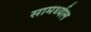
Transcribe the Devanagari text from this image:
सामर्थ्यल